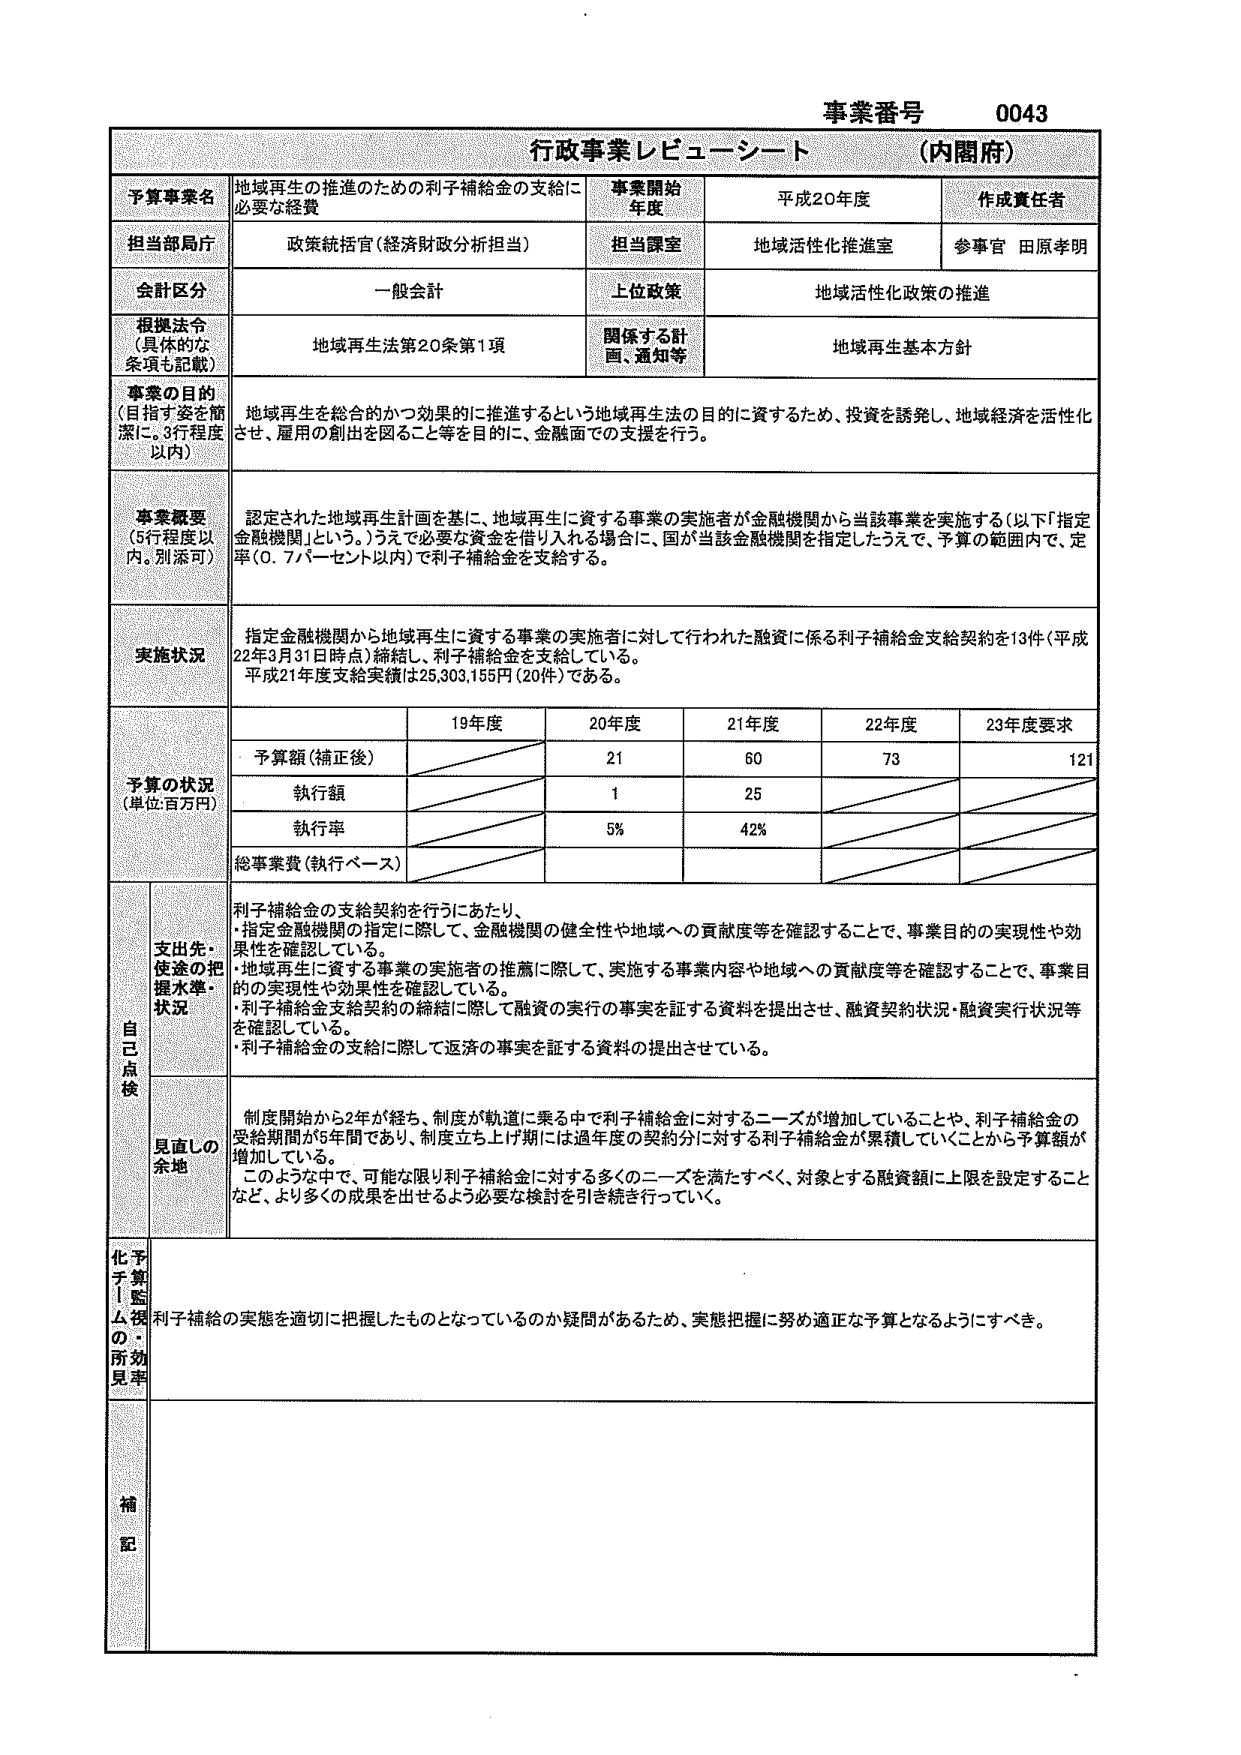
事業番号 0043
行政事業レビューーシート (内閣府)

予算事業名 地域再生の推進のための利子補給金の支給に必要な経費
事業開始年度 平成20年度
作成責任者 参事官 田原孝明

担当部局庁 政策統括官(経済財政分析担当)
担当課室 地域活性化推進室

会計区分 一般会計
上位政策 地域活性化政策の推進

根拠法令 (具体的な条項も記載) 地域再生法第20条第1項
関係する計画、通知等 地域再生基本方針

事業の目的 (目指す姿を簡潔に。3行程度以内) 地域再生を総合的かつ効果的に推進するという地域再生法の目的に資するため、投資を誘発し、地域経済を活性化させ、雇用の創出を図ること等を目的に、金融面での支援を行う。

事業概要 (5行程度以内。別添可) 認定された地域再生計画を基に、地域再生に資する事業の実施者が金融機関から当該事業を実施する(以下「指定金融機関」という。)うえで必要な資金を借り入れる場合に、国が当該金融機関を指定したうえで、予算の範囲内で、定率(0.7パーセント以内)で利子補給金を支給する。

実施状況 指定金融機関から地域再生に資する事業の実施者に対して行われた融資に係る利子補給金支給契約を13件(平成22年3月31日時点)締結し、利子補給金を支給している。
平成21年度支給実績は25,303,155円(20件)である。

予算の状況 (単位:百万円)
19年度 20年度 21年度 22年度 23年度要求
予算額(補正後) 21 60 73 121
執行額 1 25
執行率 5% 42%
総事業費(執行ベース)

自己点検
支出先・使途の把握水準・状況 利子補給金の支給契約を行うにあたり、
・指定金融機関の指定に際して、金融機関の健全性や地域への貢献度等を確認することで、事業目的の実現性や効果性を確認している。
・地域再生に資する事業の実施者の推薦に際して、実施する事業内容や地域への貢献度等を確認することで、事業目的の実現性や効果性を確認している。
・利子補給金支給契約の締結に際して融資の実行の事実を証する資料を提出させ、融資契約状況・融資実行状況等を確認している。
・利子補給金の支給に際して返済の事実を証する資料の提出させている。

見直しの余地 制度開始から2年が経ち、制度が軌道に乗る中で利子補給金に対するニーズが増加していることや、利子補給金の受給期間が5年間であり、制度立ち上げ期には過年度の契約分に対する利子補給金が累積していくことから予算額が増加している。
このような中で、可能な限り利子補給金に対する多くのニーズを満たすべく、対象とする融資額に上限を設定することなど、より多くの成果を出せるよう必要な検討を引き続き行っていく。

予算の効果見直し 化予算監視の所見 利子補給の実態を適切に把握したものとなっているのか疑問があるため、実態把握に努め適正な予算となるようにすべき。

補記